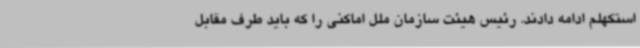
استکهلم ادامه دادند. رئیس هیئت سازمان ملل اماکنی را که باید طرف مقابل